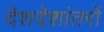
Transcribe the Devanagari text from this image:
देशदेशांतरों